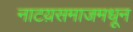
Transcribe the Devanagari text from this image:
नाटय़समाजमधून